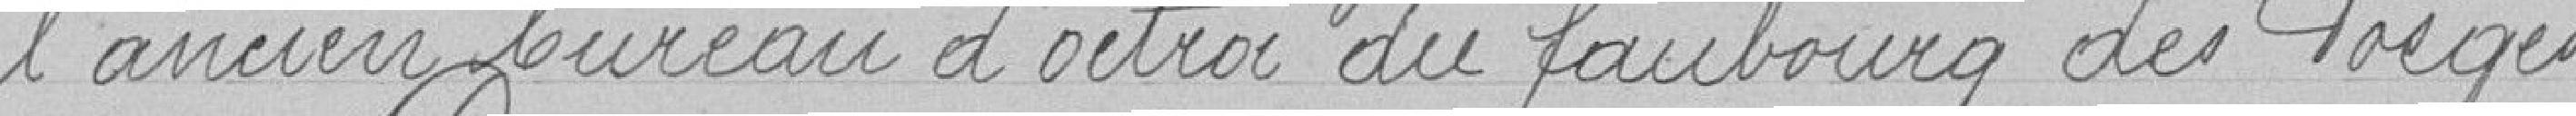
l'ancien bureau d'octroi du faubourg des Vosges.